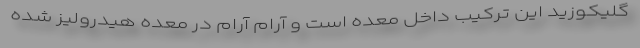
گلیکوزید این ترکیب داخل معده است و آرام آرام در معده هیدرولیز شده